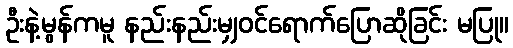
ဦးနဲ့မွန်ကမူ နည်းနည်းမျှဝင်ရောက်ပြောဆိုခြင်း မပြု။